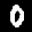
Label: 0